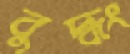
বুদ্ধং